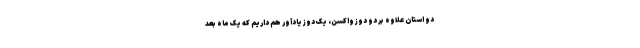
دو استان علاوه بر دو دوز واکسن، یک دوز یادآور هم داریم که یک ماه بعد